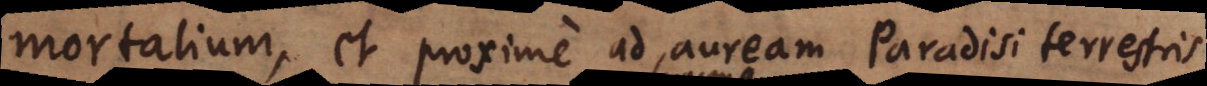
mortalium, et proxime ad auream Paradisi terrestris